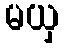
မယှ